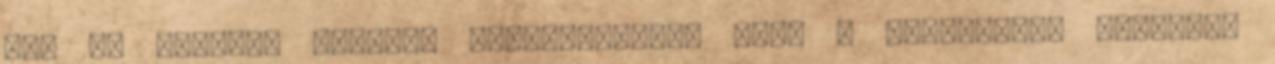
sőt az létezik igazán. Léthierarchia van, a megismerés szintjei